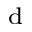
_ \mathrm { d }